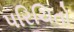
પરિચિતો